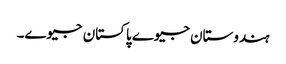
ہندوستان جیوے پاکستان جیوے۔